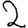
Digit: 2